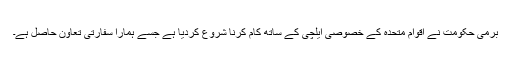
برمی حکومت نے اقوامِ متحدہ کے خصوصی ایلچی کے ساتھ کام کرنا شروع کردیا ہے جسے ہمارا سفارتی تعاون حاصل ہے۔